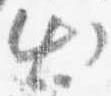
出